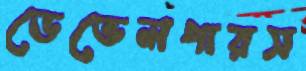
ডেভেলপারস